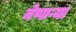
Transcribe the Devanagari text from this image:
नेणाऱ्या